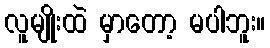
လူမျိုးထဲ မှာတော့ မပါဘူး။